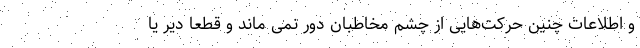
و اطلاعات چنین حرکت‌هایی از چشم مخاطبان دور نمی ماند و قطعا دیر یا